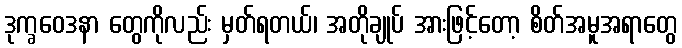
ဒုက္ခဝေဒနာ တွေကိုလည်း မှတ်ရတယ်၊ အတိုချုပ် အားဖြင့်တော့ စိတ်အမူအရာတွေ